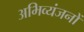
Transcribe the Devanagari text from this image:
अभिव्यंजनों